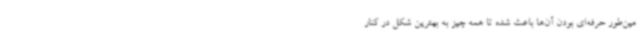
مین‌طور حرفه‌ای بودن آن‌ها باعث شده تا همه چیز به بهترین شکل در کنار